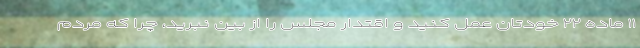
۱۱ ماده ۲۲ خودتان عمل کنید و اقتدار مجلس را از بین نبرید، چرا که مردم